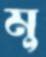
মু